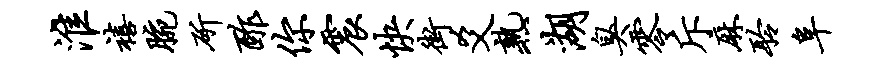
淮禧腕斫酢你震快街爻熟湖臭零斥麻聆阜